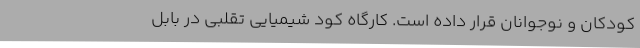
کودکان و نوجوانان قرار داده است. کارگاه کود شیمیایی تقلبی در بابل